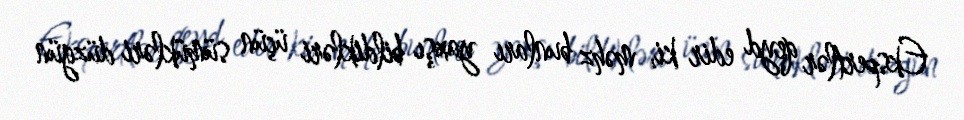
Ekspertlər qeyd edir ki, məhz bunları yaxşı bildikləri üçün sümükləri düzgün